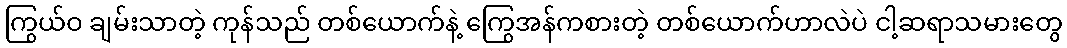
ကြွယ်ဝ ချမ်းသာတဲ့ ကုန်သည် တစ်ယောက်နဲ့ ကြွေအန်ကစားတဲ့ တစ်ယောက်ဟာလဲပဲ ငါ့ဆရာသမားတွေ